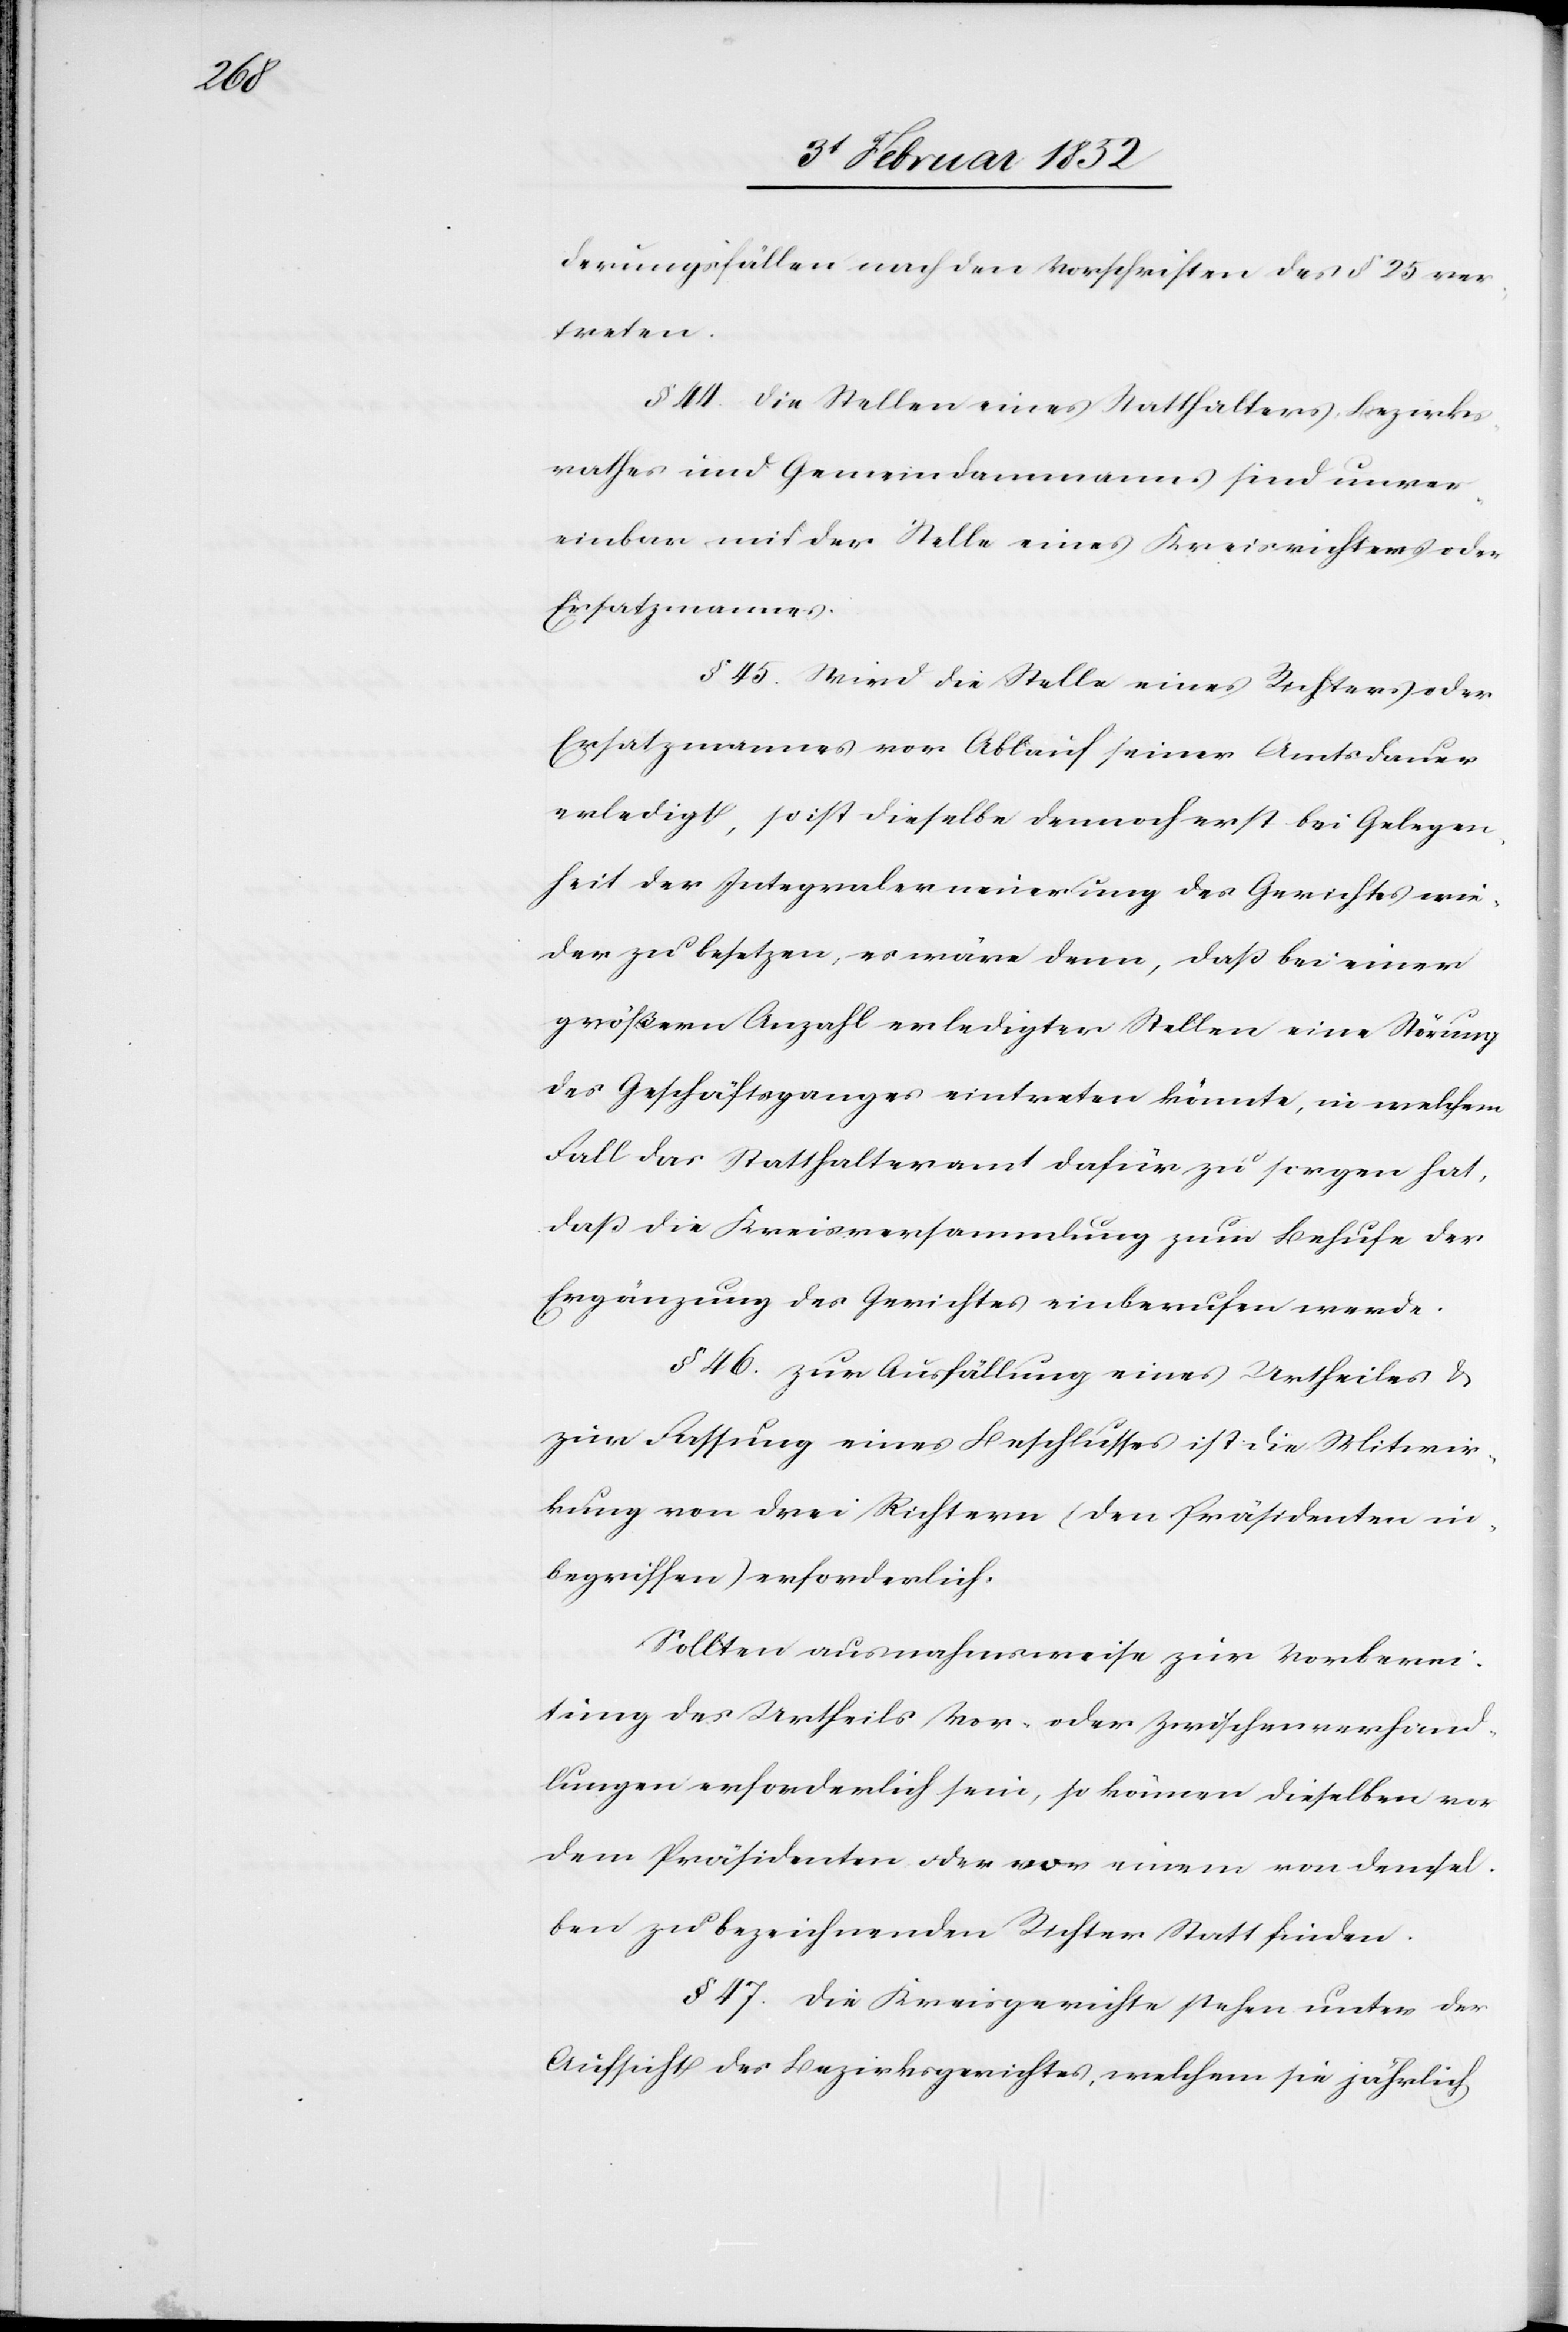
derungsfällen nach den Vorschriften des § 25 ver¬
treten.
§ 44. Die Stellen eines Statthalters, Bezirks¬
rathes und Gemeindammanns sind unver¬
einbar mit der Stelle eines Kreisrichters oder
Ersatzmannes.
§ 45. Wird die Stelle eines Richters oder
Ersatzmannes vor Ablauf seiner Amtsdauer
erledigt, so ist dieselbe dennoch erst bei Gelegen¬
heit der Integralerneuerung des Gerichtes wie¬
der zu besetzen, es wäre denn, daß bei einer
größern Anzahl erledigter Stellen eine Störung
des Geschäftsganges eintreten könnte, in welchem
Fall das Statthalteramt dafür zu sorgen hat,
daß die Kreisversammlung zum Behufe der
Ergänzung des Gerichtes einberufen werde.
§ 46. Zur Ausfällung eines Urtheiles u.
zur Fassung eines Beschlusses ist die Mitwir¬
kung von drei Richtern (den Präsidenten in¬
begriffen) erforderlich.
Sollten ausnahmsweise zur Vorberei¬
tung des Urtheils Vor- oder Zwischenverhand¬
lungen erforderlich sein, so können dieselben vor
dem Präsidenten oder von einem von demsel¬
ben zu bezeichnenden Richter Statt finden.
§ 47. Die Kreisgerichte stehen unter der
Aufsicht des Bezirksgerichtes, welchem sie jährlich